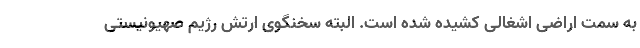
به سمت اراضی اشغالی کشیده شده است. البته سخنگوی ارتش رژیم صهیونیستی